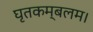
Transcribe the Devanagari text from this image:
घृतकम्बलम।